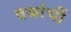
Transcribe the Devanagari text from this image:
वस्रांचीं